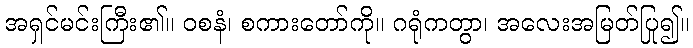
အရှင်မင်းကြီး၏။ ဝစနံ၊ စကားတော်ကို။ ဂရုံကတွာ၊ အလေးအမြတ်ပြု၍။